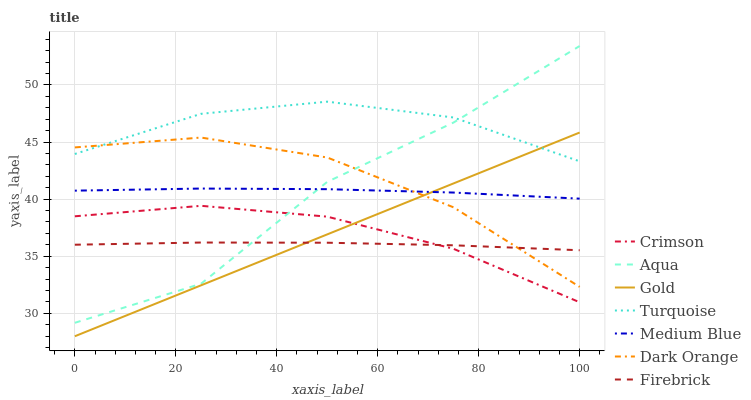
| xaxis_label | Crimson | Aqua | Gold | Turquoise | Medium Blue | Dark Orange | Firebrick |
 | --- | --- | --- | --- | --- | --- | --- | --- |
 | 0 | 38.5 | 29.2 | 28 | 44 | 40.7 | 44.5 | 36 |
 | 25 | 39.4 | 32.6 | 32.5 | 47.5 | 40.9 | 45.4 | 36.2 |
 | 50 | 38.5 | 41.5 | 36.9 | 48.5 | 40.9 | 43.6 | 36.2 |
 | 75 | 35.7 | 46.7 | 41.4 | 47.1 | 40.6 | 39.3 | 36 |
 | 100 | 31 | 53.4 | 45.8 | 43.3 | 40 | 32.3 | 35.5 |